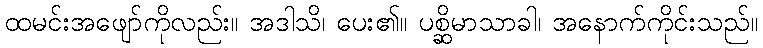
ထမင်းအဖျော်ကိုလည်း။ အဒါသိ၊ ပေး၏။ ပစ္ဆိမာသာခါ၊ အနောက်ကိုင်းသည်။